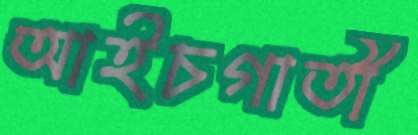
আইচগাতী